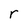
Character: r